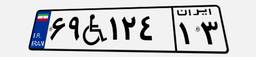
۶۹W۱۲۴۱۳